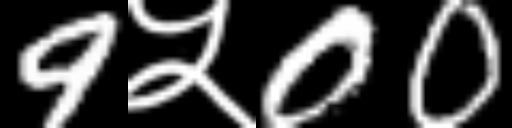
Text: 9५00